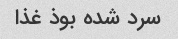
سرد شده بوذ غذا